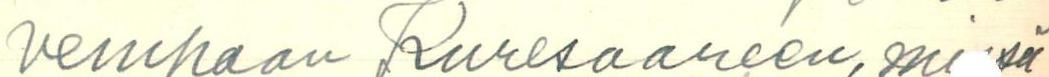
vempaan Kuresaareen, mi sä